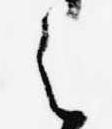
之